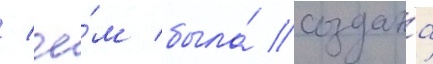
/ че́м была́ создана